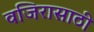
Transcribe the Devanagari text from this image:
वजिरासाठी